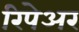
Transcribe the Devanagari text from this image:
रिपेअर